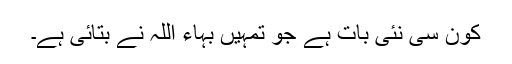
کون سی نئی بات ہے جو تمہیں بہاء اللہ نے بتائی ہے۔